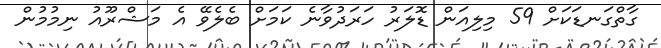
ގާތްގަނޑަކަށް 59 މިލިއަން ޑޮލަރު ހަރަދުވާނެ ކަމަށް ބެލެވޭ އެ މަޝްރޫއު ނިމުުމުން